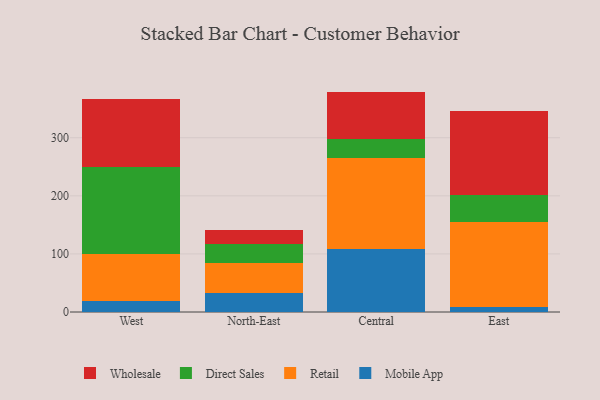
{"axis": {"x": "Region", "y": "Market Share (%)"}, "legend": ["Direct Sales", "Mobile App", "Retail", "Wholesale"], "data": [{"x": "West", "y": 19.2, "type": "Mobile App"}, {"x": "West", "y": 80.4, "type": "Retail"}, {"x": "West", "y": 150.7, "type": "Direct Sales"}, {"x": "West", "y": 116.0, "type": "Wholesale"}, {"x": "North-East", "y": 32.8, "type": "Mobile App"}, {"x": "North-East", "y": 52.3, "type": "Retail"}, {"x": "North-East", "y": 32.3, "type": "Direct Sales"}, {"x": "North-East", "y": 23.9, "type": "Wholesale"}, {"x": "Central", "y": 109.1, "type": "Mobile App"}, {"x": "Central", "y": 156.8, "type": "Retail"}, {"x": "Central", "y": 32.4, "type": "Direct Sales"}, {"x": "Central", "y": 81.1, "type": "Wholesale"}, {"x": "East", "y": 8.6, "type": "Mobile App"}, {"x": "East", "y": 146.0, "type": "Retail"}, {"x": "East", "y": 46.7, "type": "Direct Sales"}, {"x": "East", "y": 144.6, "type": "Wholesale"}]}